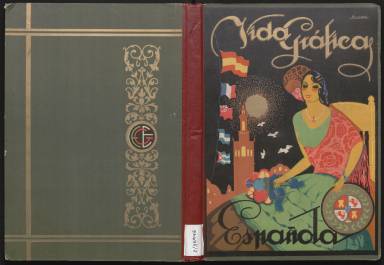
Título: Vida gráfica española
Colección: Revistas de información general
Ámbito geográfico: Guipúzcoa
Lugar de publicación: San Sebastián
Fechas: 01/10/1929-31/10/1929